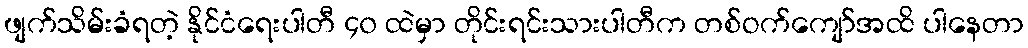
ဖျက်သိမ်းခံရတဲ့ နိုင်ငံရေးပါတီ ၄၀ ထဲမှာ တိုင်းရင်းသားပါတီက တစ်ဝက်ကျော်အထိ ပါနေတာ